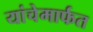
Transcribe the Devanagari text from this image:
यांचेमार्फत